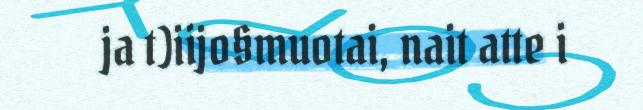
ja t)iijo§muotai, nait atte i